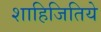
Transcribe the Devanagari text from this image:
शाहिजितिये